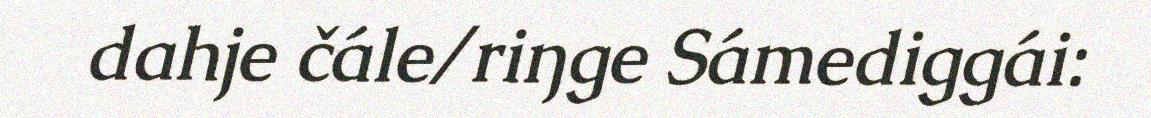
dahje čále/riŋge Sámediggái: